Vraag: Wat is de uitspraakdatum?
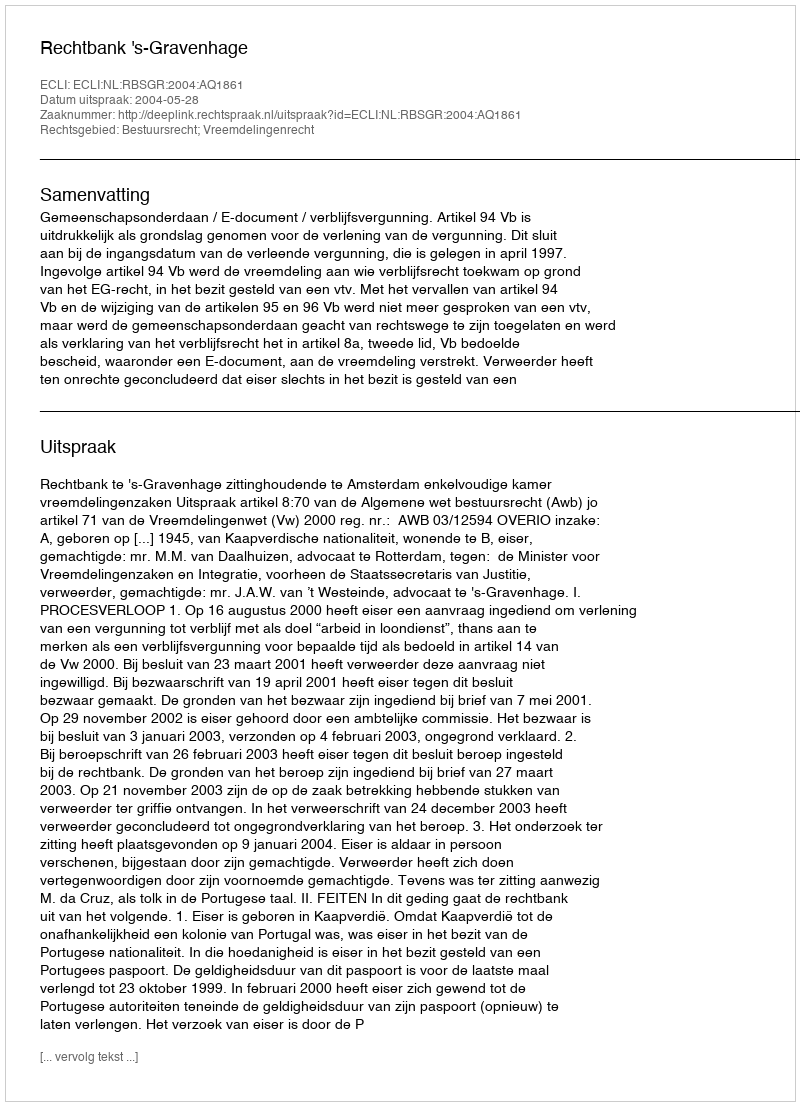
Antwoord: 2004-05-28